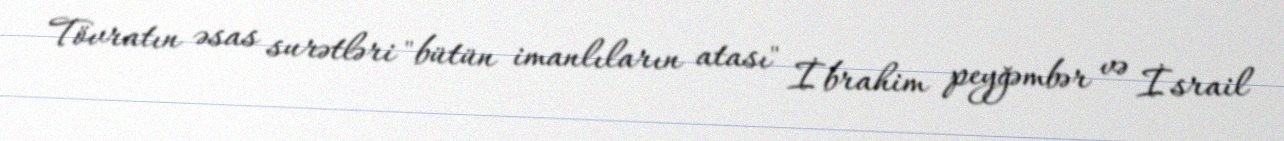
Tövratın əsas surətləri "bütün imanlıların atası" İbrahim peyğəmbər və İsrail